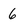
Character: 6